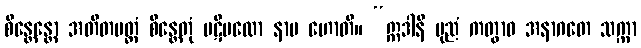
စိန္တေန္တော အတီတမတ္ထံ စိန္တေတုံ ပဋိဗလော နာမ ဟောတိ။ “ဣဒါနိ ပုညံ ကတွာဝ အနာဂတေ သက္ကာ